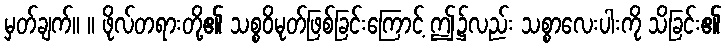
မှတ်ချက်။ ။ ဖိုလ်တရားတို့၏ သစ္စဝိမုတ်ဖြစ်ခြင်းကြောင့် ဤ၌လည်း သစ္စာလေးပါးကို သိခြင်း၏